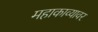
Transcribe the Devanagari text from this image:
महाकाव्यावर